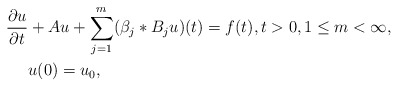
\begin{align*} \frac{\partial u}{\partial t} &+ Au + \sum\limits_{j=1}^m (\beta_j *B_ju)(t) = f(t), t >0, 1\leq m <\infty, \\ & u(0)=u_0, \end{align*}